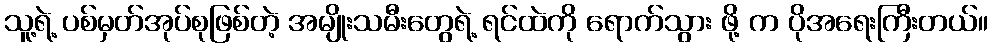
သူ့ရဲ့ ပစ်မှတ်အုပ်စုဖြစ်တဲ့ အမျိုးသမီးတွေရဲ့ ရင်ထဲကို ရောက်သွား ဖို့ က ပိုအရေးကြီးတယ်။